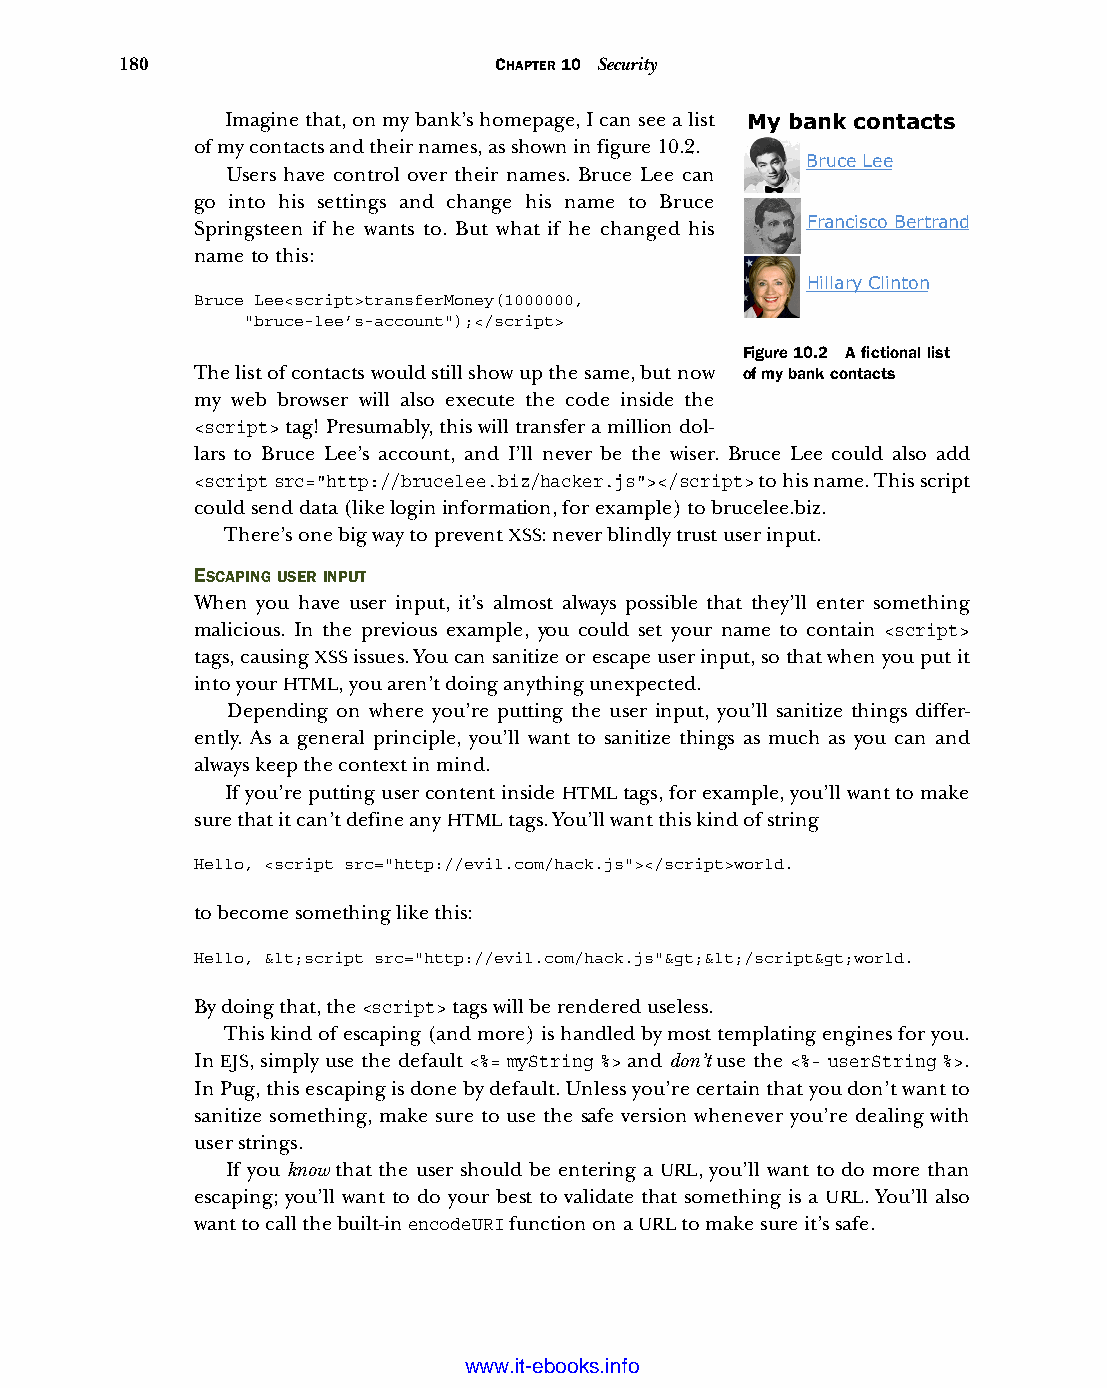
180                      CHAPTER 10 Security
 Imagine that, on my bank’s homepage, I can see a list My bank contacts
 of my contacts and their names, as shown in figure 10.2.
 Bruce Lee
 Users have control over their names. Bruce Lee can
 go into his settings and change his name to Bruce
 Springsteen if he wants to. But what if he changed his Francisco Bertrand
 name to this:
 Hillary Clinton
 Bruce Lee<script>transferMoney(1000000,
 "bruce-lee’s-account");</script>
 Figure 10.2 A fictional list
 The list of contacts would still show up the same, but now of my bank contacts
 my web browser will also execute the code inside the
 <script> tag! Presumably, this will transfer a million dol-
 lars to Bruce Lee’s account, and I’ll never be the wiser. Bruce Lee could also add
 <script src="http://brucelee.biz/hacker.js"></script> to his name. This script
 could send data (like login information, for example) to brucelee.biz.
 There’s one big way to prevent XSS: never blindly trust user input.
 ESCAPING USER INPUT
 When you have user input, it’s almost always possible that they’ll enter something
 malicious. In the previous example, you could set your name to contain <script>
 tags, causing XSS issues. You can sanitize or escape user input, so that when you put it
 into your HTML, you aren’t doing anything unexpected.
 Depending on where you’re putting the user input, you’ll sanitize things differ-
 ently. As a general principle, you’ll want to sanitize things as much as you can and
 always keep the context in mind.
 If you’re putting user content inside HTML tags, for example, you’ll want to make
 sure that it can’t define any HTML tags. You’ll want this kind of string
 Hello, <script src="http://evil.com/hack.js"></script>world.
 to become something like this:
 Hello, &lt;script src="http://evil.com/hack.js"&gt;&lt;/script&gt;world.
 By doing that, the <script> tags will be rendered useless.
 This kind of escaping (and more) is handled by most templating engines for you.
 In EJS, simply use the default <%= myString %> and don’t use the <%- userString %>.
 In Pug, this escaping is done by default. Unless you’re certain that you don’t want to
 sanitize something, make sure to use the safe version whenever you’re dealing with
 user strings.
 If you know that the user should be entering a URL, you’ll want to do more than
 escaping; you’ll want to do your best to validate that something is a URL. You’ll also
 want to call the built-in encodeURI function on a URL to make sure it’s safe.
 Licensed wtow w <.mit-ielebro.8o8k8s@.ingfomail.com>